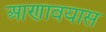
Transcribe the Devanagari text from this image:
आणावयास